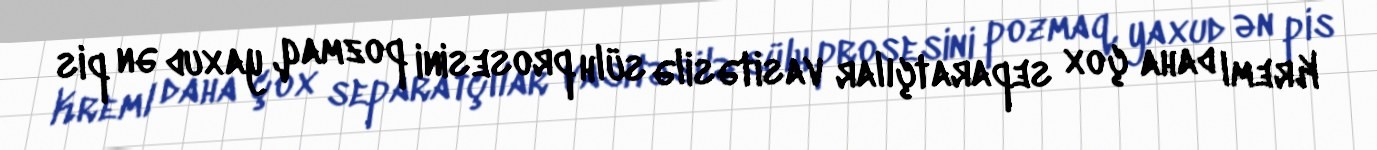
Kreml daha çox separatçılar vasitəsilə sülh prosesini pozmaq, yaxud ən pis